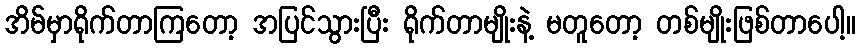
အိမ်မှာရိုက်တာကြတော့ အပြင်သွားပြီး ရိုက်တာမျိုးနဲ့ မတူတော့ တစ်မျိုးဖြစ်တာပေါ့။